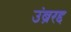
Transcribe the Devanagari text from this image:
उंब्ररद्द